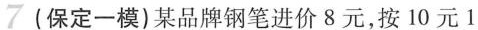
7 (保定一模)某品牌钢笔进价8元，按10元1